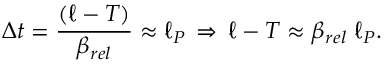
\Delta t = { \frac { ( \ell - T ) } { \beta _ { r e l } } } \approx \ell _ { P } \, \Rightarrow \, \ell - T \approx \beta _ { r e l } \; \ell _ { P } .